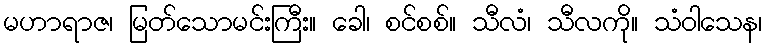
မဟာရာဇ၊ မြတ်သောမင်းကြီး။ ခေါ၊ စင်စစ်။ သီလံ၊ သီလကို။ သံဝါသေန၊